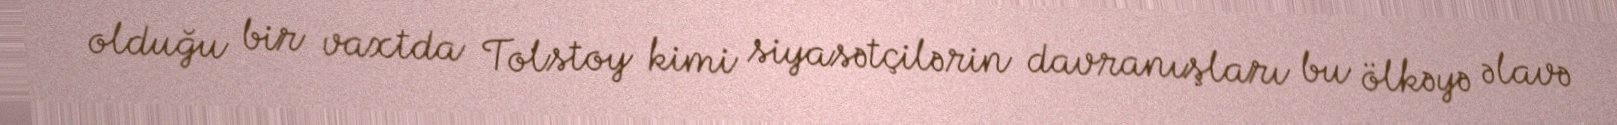
olduğu bir vaxtda Tolstoy kimi siyasətçilərin davranışları bu ölkəyə əlavə